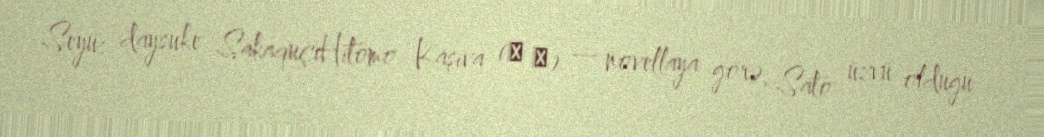
Seyü: daysuke SakaquçiHitomo Kaşiva (柏 瞳) — novellaya görə, Sato üzvü olduğu